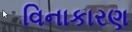
વિનાકારણ